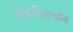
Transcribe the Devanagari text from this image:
ट्रांसस्टिल्बीन